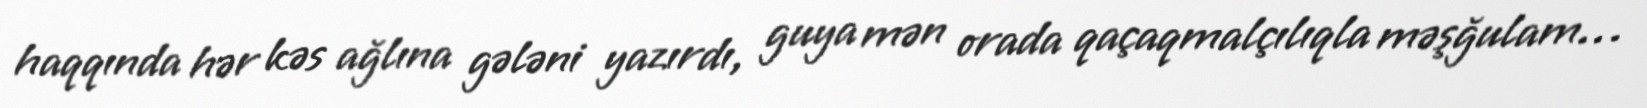
haqqında hər kəs ağlına gələni yazırdı, guya mən orada qaçaqmalçılıqla məşğulam…